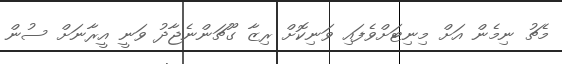
މެޗު ނިމެން އަށް މިނިޓަށްވެފައި ވަނިކޮށް ރިޒާ ގޫޗަންނެޖާދު ވަނީ އީރާނަށް ސުން